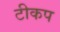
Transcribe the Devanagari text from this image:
टीकप